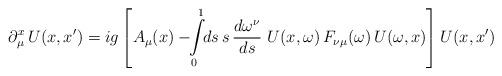
LaTeX: \begin{align*}\partial_\mu^x \, U(x,x') = i g \left[ A_\mu(x) - \!\!\int\limits^1_0 \!\! ds \, s \, {d\omega^\nu\over d s}\ U(x,\omega)\,F_{\nu\mu}(\omega) \,U(\omega,x) \right] U(x,x')\end{align*}